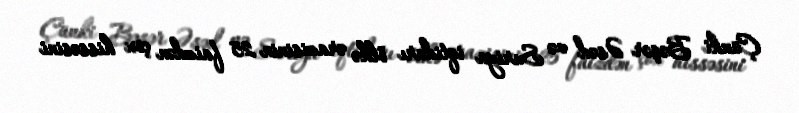
Çünki Bəşər Əsəd və Suriya iqtidarı ölkə ərazisinin 25 faizdən çox hissəsini